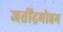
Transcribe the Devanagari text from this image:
जतींद्रमोहन